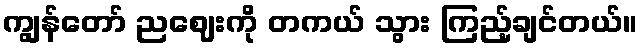
ကျွန်တော် ညဈေးကို တကယ် သွား ကြည့်ချင်တယ်။